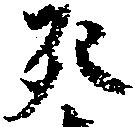
死